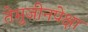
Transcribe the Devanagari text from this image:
तेमुजीनपेक्षा